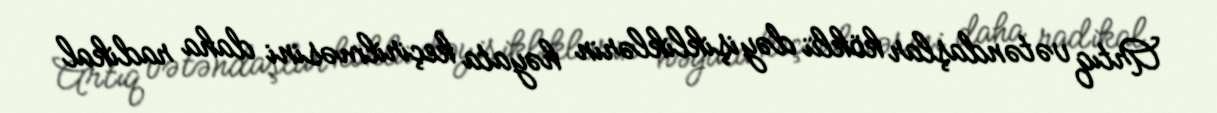
Artıq vətəndaşlar köklü dəyişikliklərin həyata keçirilməsini daha radikal